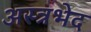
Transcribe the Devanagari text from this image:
अस्त्रभेद